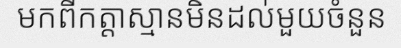
មកពីកត្តាស្មានមិនដល់មួយចំនួន